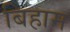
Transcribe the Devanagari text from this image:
बिहाम